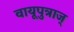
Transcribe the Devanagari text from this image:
वायूपुत्राज्